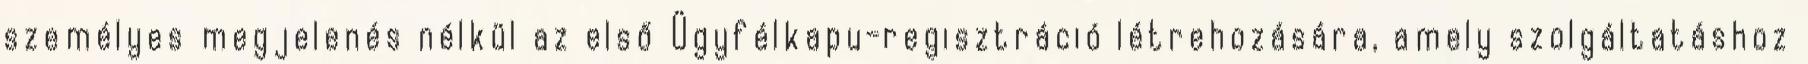
személyes megjelenés nélkül az első Ügyfélkapu-regisztráció létrehozására, amely szolgáltatáshoz